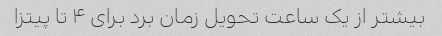
بیشتر از یک ساعت تحویل زمان برد برای ۴ تا پیتزا